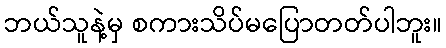
ဘယ်သူနဲ့မှ စကားသိပ်မပြောတတ်ပါဘူး။